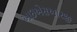
આઇએસઆરજી